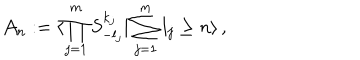
{ \cal A } _ { n } : = \langle \prod _ { j = 1 } ^ { m } S _ { - l _ { j } } ^ { k _ { j } } | \sum _ { j = 1 } ^ { m } l _ { j } \geq n \rangle \, ,